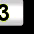
Digit: 3